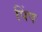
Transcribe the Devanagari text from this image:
पिंप